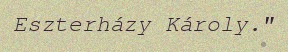
Eszterházy Károly."